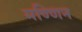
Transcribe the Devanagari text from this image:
मण्णिन